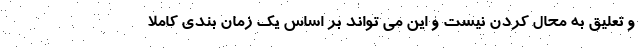
و تعلیق به محال کردن نیست و این می تواند بر اساس یک زمان بندی کاملا